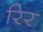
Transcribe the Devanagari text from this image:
रिर